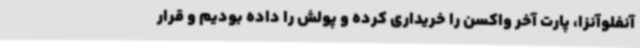
آنفلوآنزا، پارت آخر واکسن را خریداری کرده و پولش را داده بودیم و قرار